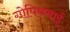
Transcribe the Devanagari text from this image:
गोपिकबाई